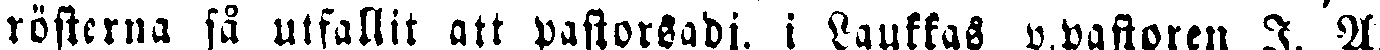
rösterna så utfallit att pastorsadj. i Laukkas p.pastoren I. A.